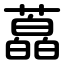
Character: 藠